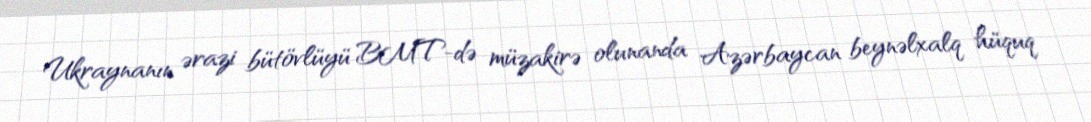
Ukraynanın ərazi bütövlüyü BMT-də müzakirə olunanda Azərbaycan beynəlxalq hüquq